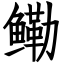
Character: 鳓